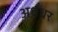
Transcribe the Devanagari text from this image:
अधधर